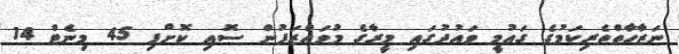
ނަޒާހާތްތެރިކަމުގެ ގައުމީ ވައުދުގައި މީރާގެ މުވައްޒަފުން ސޮއި ކޮށްފި 45 މިނެޓް 14